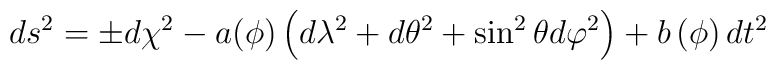
ds^{2}=\pm d\chi ^{2}-a(\phi )\left( d\lambda ^{2}+d\theta ^{2}+\sin^{2}\theta d\varphi ^{2}\right) +b\left( \phi \right) dt^{2}